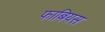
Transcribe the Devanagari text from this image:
फाबियस